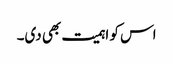
اس کو اہمیت بھی دی۔